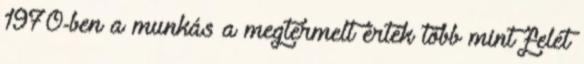
1970-ben a munkás a megtermelt érték több mint felét